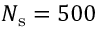
N _ { \mathrm { s } } = 5 0 0